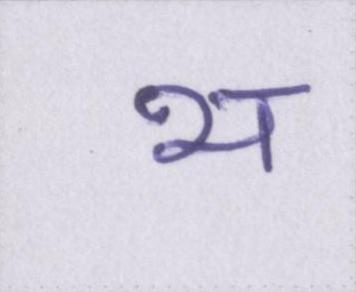
भ